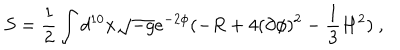
S = \frac { 1 } { 2 } \int d ^ { 1 0 } x \sqrt { - g } e ^ { - 2 \phi } ( - R + 4 ( \partial \phi ) ^ { 2 } - \frac { 1 } { 3 } H ^ { 2 } ) ~ ,